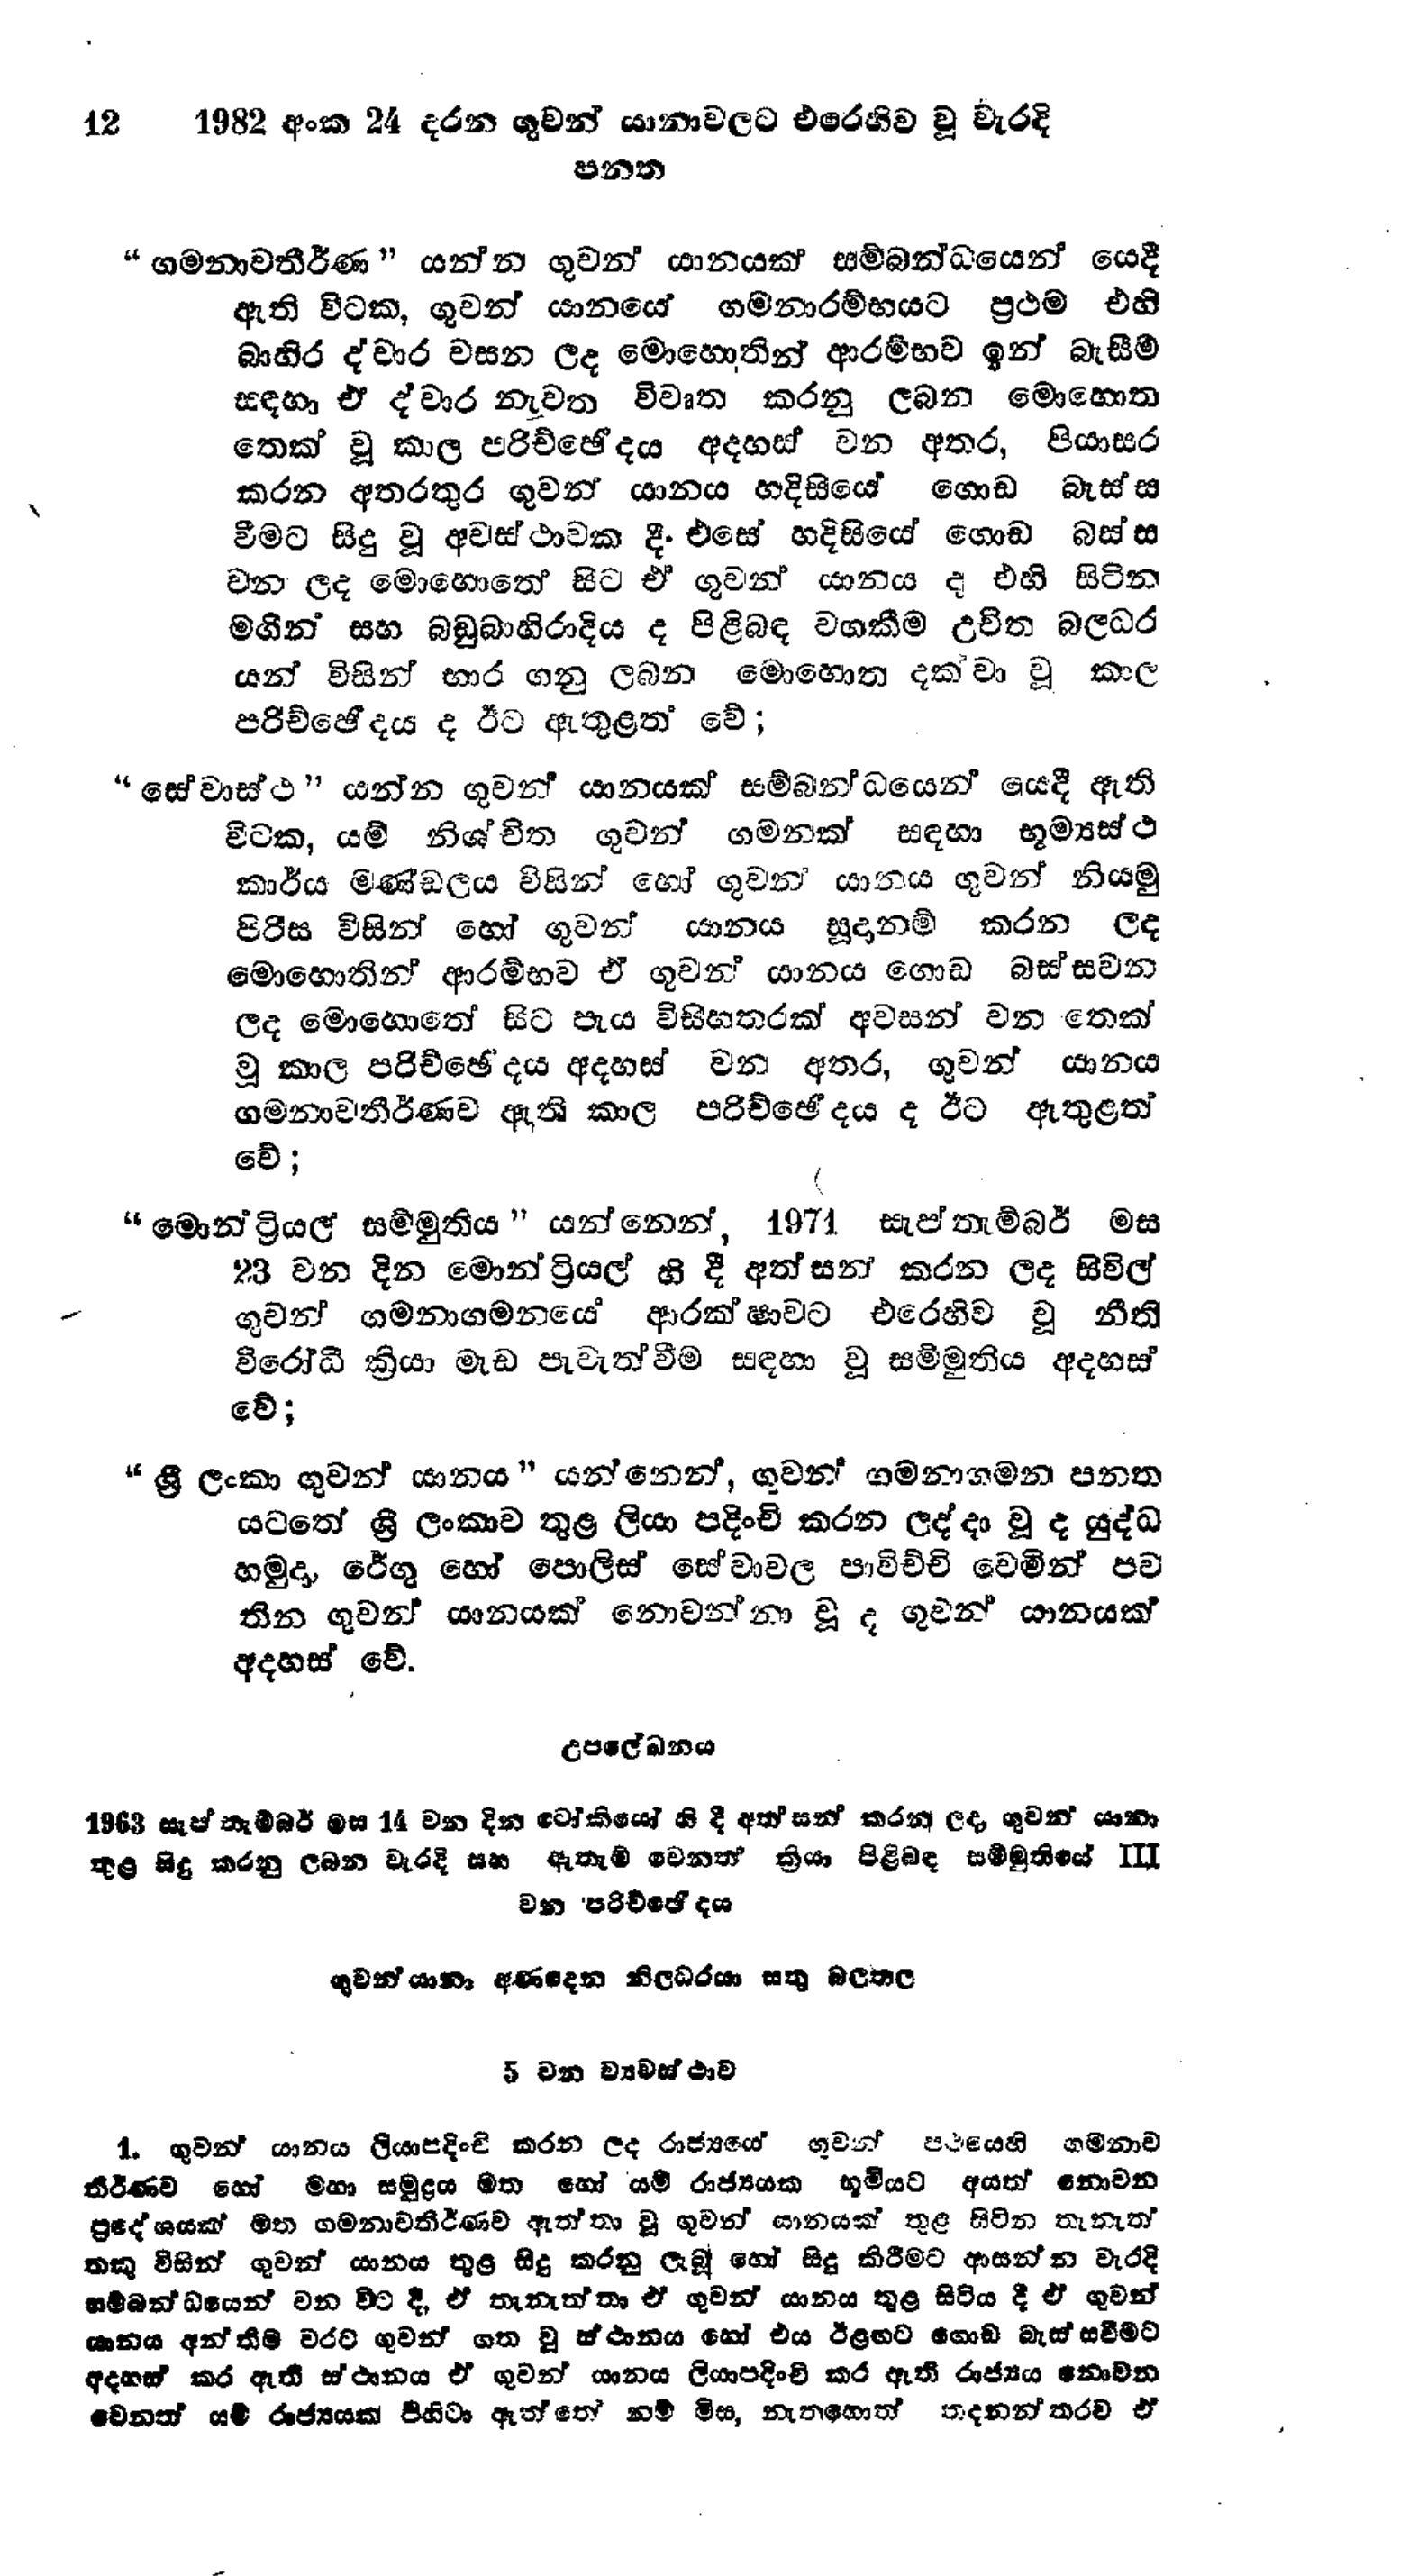
12 1982 අංක 24 දරන ගුවන් යානාවලට එරෙහිව වූ වැරදි
පනත

"ගමනාවතීර්ණ " යන්න ගුවන් යානයක් සම්බන්ධයෙන් යෙදී
ඇති විටක, ගුවන් යානයේ ගමනාරම්භයට ප්‍රථම එහි
බාහිර ද්වාර වසන ලද මොහොතින් ආරම්භව ඉන් බැසීම්
සඳහා ඒ ද්වාර නැවත විවෘත කරනු ලබන මොහොත
තෙක් වූ කාල පරිච්ඡේදය අදහස් වන අතර, පියාසර
කරන අතරතුර ගුවන් යානය හදිසියේ ගොඩ බැස්ස
වීමට සිදු වූ අවස්ථාවක දී . එසේ හදිසියේ ගොඩ බස්ස
වන ලද මොහොතේ සිට ඒ ගුවන් යානය ද එහි සිටින
මගින් සහ බඩුබාහිරාදිය ද පිළිබඳ වගකීම උචිත බලධර
යන් විසින් භාර ගනු ලබන මොහොත දක්වා වූ කාල
පරිච්ඡේදය ද ඊට ඇතුළත් වේ;

"සේවාස්ථ " යන්න ගුවන් යානයක් සම්බන්ධයෙන් යෙදී ඇති
විටක, යම් නිශ්චිත ගුවන් ගමනක් සඳහා භූම්‍යස්ථ
කාර්ය මණ්ඩලය විසින් හෝ ගුවන් යානය ගුවන් නියමු
පිරිස විසින් හෝ ගුවන් යානය සූදානම් කරන ලද
මොහොතින් ආරම්භව ඒ ගුවන් යානය ගොඩ බස්සවන
ලද මොහොතේ සිට පැය විසිහතරක් අවසන් වන තෙක්
වූ කාල පරිච්ඡේදය අදහස් වන අතර, ගුවන් යානය
ගමනාවතීර්ණව ඇති කාල පරිච්ඡෙදය ද ඊට ඇතුළත්
වේ;

"මොන්ට්‍රියල් සම්මුතිය" යන්නෙන්, 1971 සැප්තැම්බර් මස
23 වන දින මොන්ට්‍රියල් හි දී අත්සන් කරන ලද සිවිල්
ගුවන් ගමනාගමනයේ ආරක්ෂාවට එරෙහිව වූ නීති
විරෝධී ක්‍රියා මැඩ පැවැත්වීම සඳහා වූ සම්මුතිය අදහස්
වේ;

"ශ්‍රී ලංකා ගුවන් යානය" යන්නෙන්, ගුවන් ගමනාගමන පනත
යටතේ ශ්‍රී ලංකාව තුළ ලියා පදිංචි කරන ලද්දා වූ ද යුද්ධ
හමුදා, රේගු හෝ පොලිස් සේවාවල පාවිච්චි වෙමින් පව
තින ගුවන් යානයක් නොවන්නා වූ ද ගුවන් යානයක්
අදහස් වේ.

උපලේඛනය

1963 සැප්තැම්බර් මස 14 වන දින ටෝකියෝ හි දී අත්සන් කරන ලද ගුවන් යානා
තුළ සිදු කරනු ලබන වැරදි සහ ඇතැම් වෙනත් ක්‍රියා පිළිබඳ සම්මුතියේ III
වන පරිච්ඡේදය

ගුවන් යානා අණදෙන නිලධරයා සතු බලතල

5 වන ව්‍යවස්ථාව

1. ගුවන් යානය ලියාපදිංචි කරන ලද රාජ්‍යයේ ගුවන් පථයෙහි ගමනාව
තීර්ණව හෝ මහා සමුද්‍රය මත හෝ යම් රාජ්‍යයක භූමියට අයත් නොවන
ප්‍රදේශයක් මත ගමනාවතීර්ණව ඇත්තා වූ ගුවන් යානයක් තුළ සිටින තැනැත්
තකු විසින් ගුවන් යානය තුළ සිදු කරනු ලැබූ හෝ සිදු කිරීමට ආසන්න වැරදි
සම්බන්ධයෙන් වන විට දී, ඒ තැනැත්තා ඒ ගුවන් යානය තුළ සිටිය දී ඒ ගුවන්
යානය අන්තිම වරට ගුවන් ගත වූ ස්ථානය හෝ එය ඊළඟට ගොඩ බැස්සවීමට
අදහස් කර ඇති ස්ථානය ඒ ගුවන් යානය ලියාපදිංචි කර ඇති රාජ්‍යය නොවන
වෙනත් යම් රාජ්‍යයක් පිහිටා ඇත්තේ නම් මිස, නැතහොත් තදනන්තරව ඒ